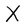
Character: X